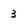
Character: 3